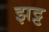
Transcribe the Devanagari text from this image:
झट्ट